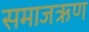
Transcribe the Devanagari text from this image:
समाजऋण